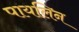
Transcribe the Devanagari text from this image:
पायलिन